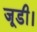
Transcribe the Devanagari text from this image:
जूडी।